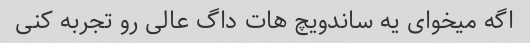
اگه میخوای یه ساندویچ هات داگ عالی رو تجربه کنی